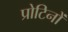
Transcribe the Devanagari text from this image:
प्रोटिनों